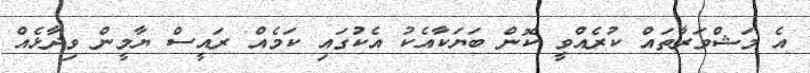
އެ މަޝްވަރާތައް ކުރެއްވީ ކޮން ބަޔަކާއެކު އެކުގައި ކަމެއް ރައީސް ޔާމީން ވިދާޅެއް